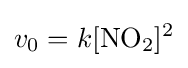
v_{0}=k[{\ce {NO2}}]^{2}